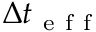
\Delta t _ { \mathrm { ~ e ~ f ~ f ~ } }